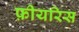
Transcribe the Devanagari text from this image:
फ़ीयरिस